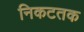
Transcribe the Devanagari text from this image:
निकटतक